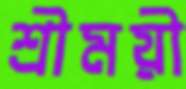
শ্রীময়ী